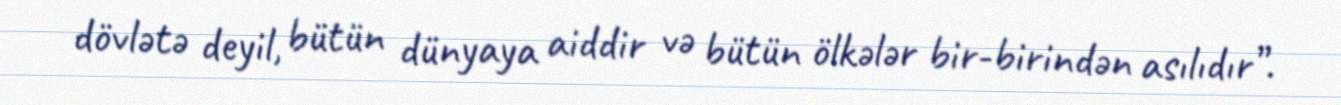
dövlətə deyil, bütün dünyaya aiddir və bütün ölkələr bir-birindən asılıdır”.